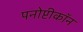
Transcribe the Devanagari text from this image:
पनोप्टीकॉन